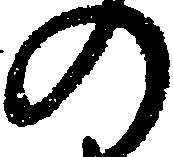
の